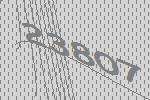
23807